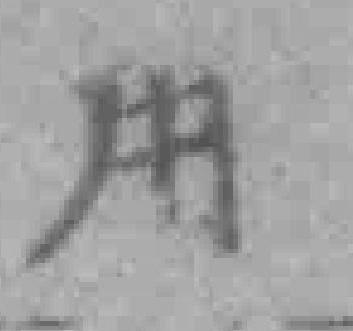
用